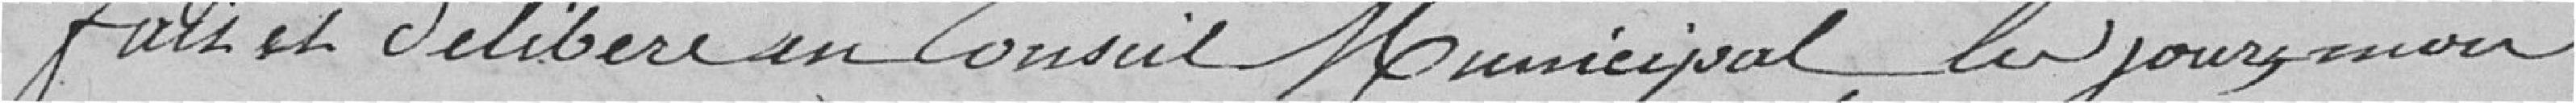
Fait et délibéré en Conseil Municipal le jour, mois,